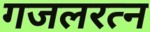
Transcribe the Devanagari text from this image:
गजलरत्‍न